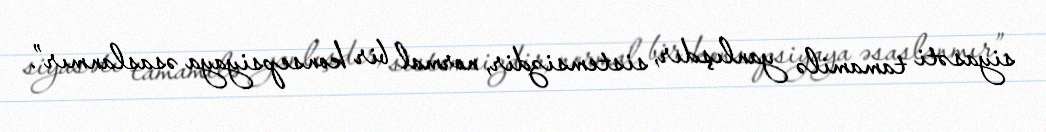
siyasəti tamamilə yanlışdır, sistemsizdir, normal bir konsepsiyaya əsaslanmır”.